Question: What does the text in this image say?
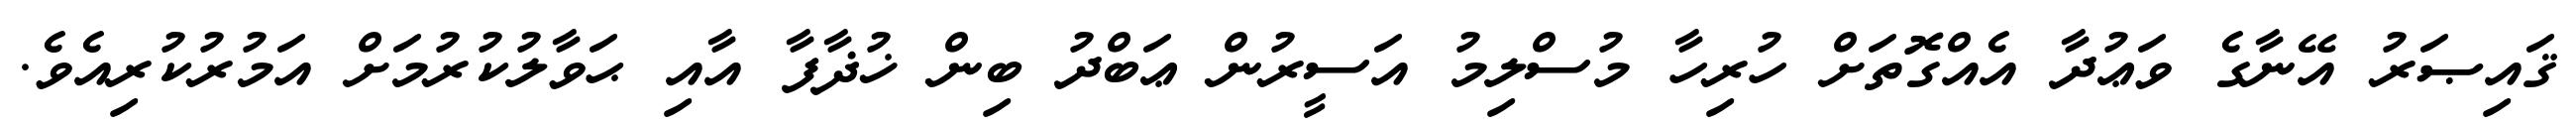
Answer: ޤައިޞަރު އޭނާގެ ވަޢުދާ އެއްގޮތަށް ހުރިހާ މުސްލިމު އަސީރުން ޢަބްދު ބިން ޚުޛާފާ އާއި ޙަވާލުކުރުމަށް އަމުރުކުރިއެވެ.